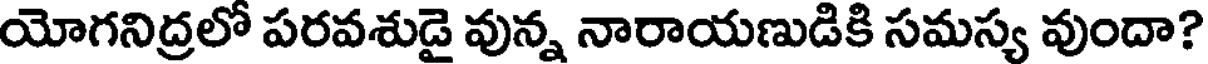
యోగనిద్రలో పరవశుడై వున్న నారాయణుడికి సమస్య వుందా?